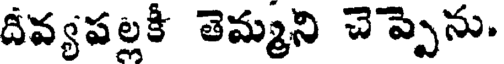
దీవ్యపల్లకీ తెమ్మని చెప్పెను.